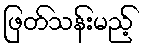
ဖြတ်သန်းမည့်